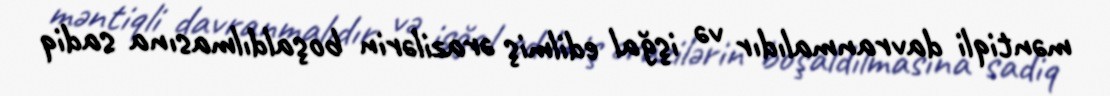
məntiqli davranmalıdır və işğal edilmiş ərazilərin boşaldılmasına sadiq